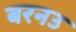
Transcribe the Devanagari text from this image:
बरनउ